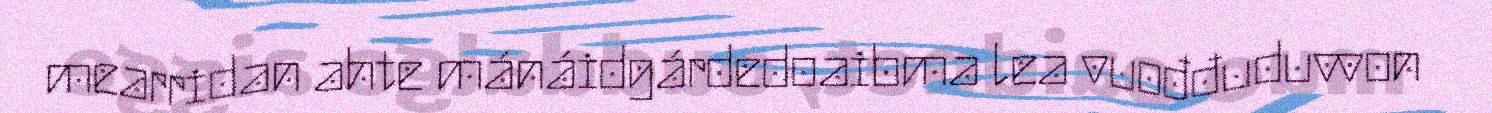
mearridan ahte mánáidgárdedoaibma lea vuođđuduvvon